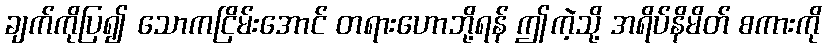
ချက်ကိုပြ၍ သောကငြိမ်းအောင် တရားဟောဘို့ရန် ဤကဲ့သို့ အရိပ်နိမိတ် စကားကို